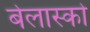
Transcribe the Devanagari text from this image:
बेलास्को